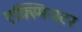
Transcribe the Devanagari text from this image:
एक्स्मिन्स्टर